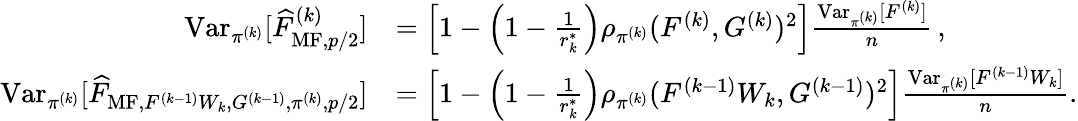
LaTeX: \begin{array}{rl}{\operatorname{Var}_{\pi^{(k)}}[\widehat{F}_{\mathrm{MF},p/2}^{(k)}]}&{=\left[1-\left(1-\frac{1}{r_{k}^{\ast}}\right)\rho_{\pi^{(k)}}(F^{(k)},G^{(k)})^{2}\right]\frac{\operatorname{Var}_{\pi^{(k)}}[F^{(k)}]}{n}\, ,}\\ {\operatorname{Var}_{\pi^{(k)}}[\widehat{F}_{\mathrm{MF},F^{(k-1)}W_{k},G^{(k-1)},\pi^{(k)},p/2}]}&{=\left[1-\left(1-\frac{1}{r_{k}^{\ast}}\right)\rho_{\pi^{(k)}}(F^{(k-1)}W_{k},G^{(k-1)})^{2}\right]\frac{\operatorname{Var}_{\pi^{(k)}}[F^{(k-1)}W_{k}]}{n}.}\end{array}